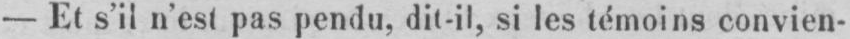
- Et s’il n’est pas pendu, dit-il, si les témoins convien-